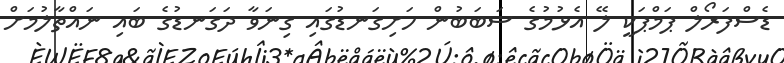
ޑެސްފަރޯލް ޕަމްޕަކީ ލޭ އެޅުމުގެ ސަބަބުން ހަށިގަނޑުގައި ގިނަވާ ދަގަނޑުގެ ބައި ނައްތާލުމަށް